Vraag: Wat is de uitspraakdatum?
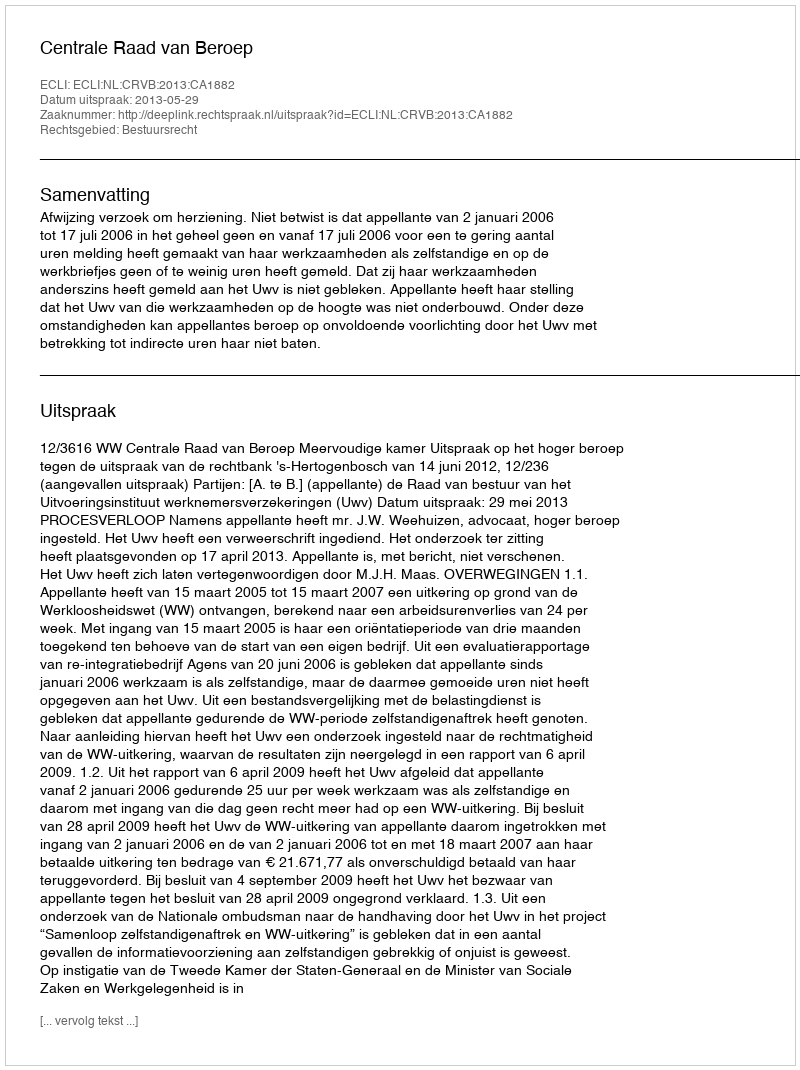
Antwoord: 2013-05-29